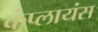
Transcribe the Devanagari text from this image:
कंप्लायंस